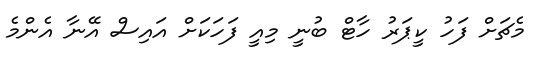
މެޗަށް ފަހު ކީޕަރު ހާޓް ބުނީ މިއީ ފަހަކަށް އައިސް އޭނާ އެންމެ